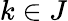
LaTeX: k\in J